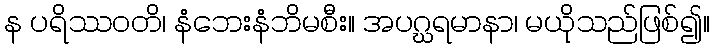
န ပရိဿဝတိ၊ နံဘေးနံဘိမစီး။ အပဂ္ဃရမာနာ၊ မယိုသည်ဖြစ်၍။